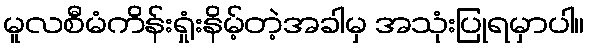
မူလစီမံကိန်းရှုံးနိမ့်တဲ့အခါမှ အသုံးပြုရမှာပါ။